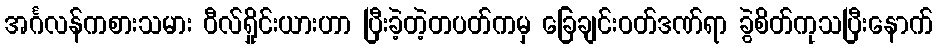
အင်္ဂလန်ကစားသမား ဝီလ်ရှိုင်းယားဟာ ပြီးခဲ့တဲ့တပတ်ကမှ ခြေချင်းဝတ်ဒဏ်ရာ ခွဲစိတ်ကုသပြီးနောက်